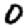
Digit: 0